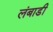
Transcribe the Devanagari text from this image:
लंबाडी